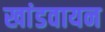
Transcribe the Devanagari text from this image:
खांडवायन